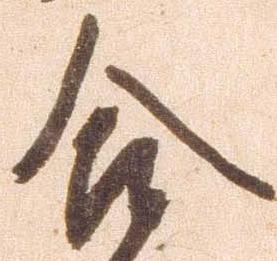
合